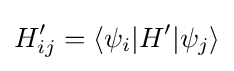
H'_{ij}=\langle \psi _{i}|H'|\psi _{j}\rangle